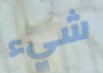
شيء